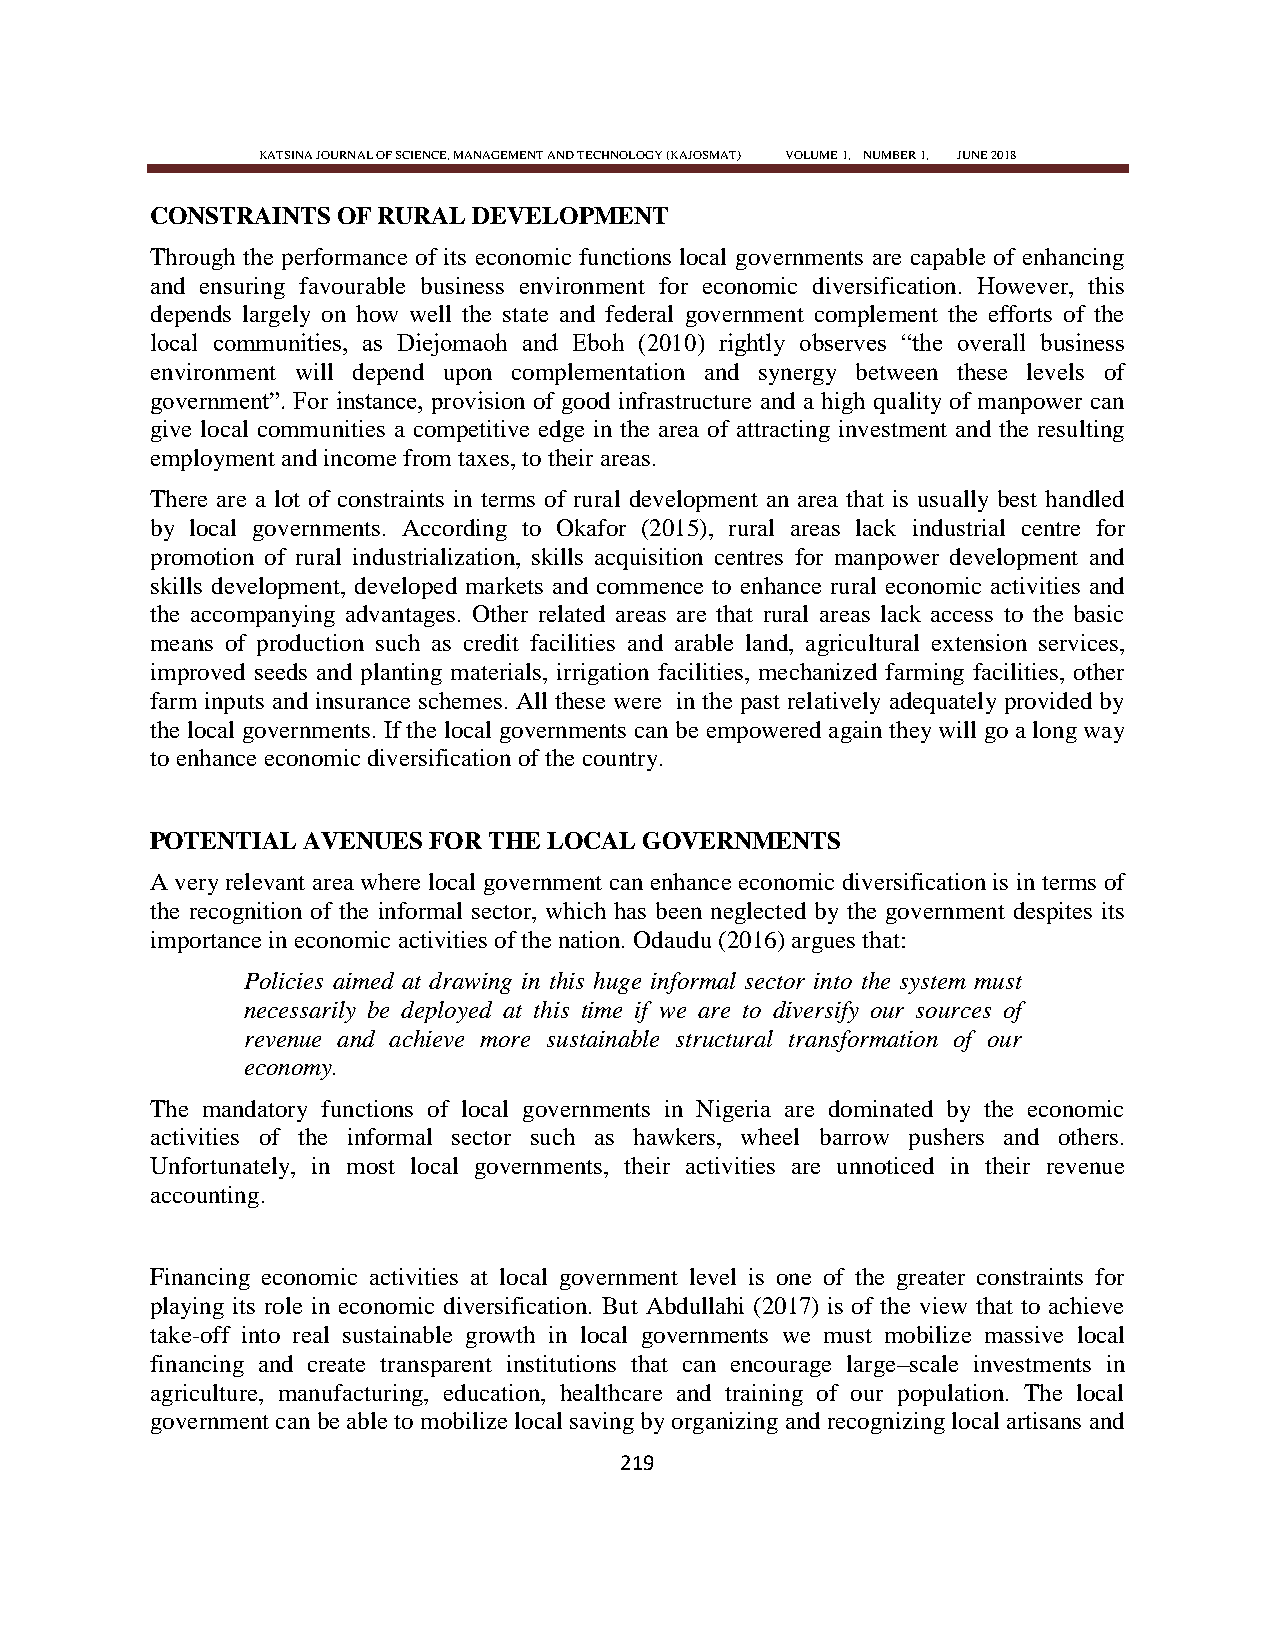
KATSINA JOURNAL OF SCIENCE, MANAGEMENT AND TECHNOLOGY (KAJOSMAT) VOLUME 1, NUMBER 1, JUNE 2018
 CONSTRAINTS OF RURAL DEVELOPMENT
 Through the performance of its economic functions local governments are capable of enhancing
 and ensuring favourable business environment for economic diversification. However, this
 depends largely on how well the state and federal government complement the efforts of the
 local communities, as Diejomaoh and Eboh (2010) rightly observes ―the overall business
 environment will depend upon complementation and synergy between these levels of
 government‖. For instance, provision of good infrastructure and a high quality of manpower can
 give local communities a competitive edge in the area of attracting investment and the resulting
 employment and income from taxes, to their areas.
 There are a lot of constraints in terms of rural development an area that is usually best handled
 by local governments. According to Okafor (2015), rural areas lack industrial centre for
 promotion of rural industrialization, skills acquisition centres for manpower development and
 skills development, developed markets and commence to enhance rural economic activities and
 the accompanying advantages. Other related areas are that rural areas lack access to the basic
 means of production such as credit facilities and arable land, agricultural extension services,
 improved seeds and planting materials, irrigation facilities, mechanized farming facilities, other
 farm inputs and insurance schemes. All these were in the past relatively adequately provided by
 the local governments. If the local governments can be empowered again they will go a long way
 to enhance economic diversification of the country.
 POTENTIAL AVENUES FOR THE LOCAL  GOVERNMENTS
 A very relevant area where local government can enhance economic diversification is in terms of
 the recognition of the informal sector, which has been neglected by the government despites its
 importance in economic activities of the nation. Odaudu (2016) argues that:
 Policies aimed at drawing in this huge informal sector into the system must
 necessarily be deployed at this time if we are to diversify our sources of
 revenue and achieve more sustainable structural transformation of our
 economy.
 The mandatory functions of local governments in Nigeria are dominated by the economic
 activities of the informal sector such as hawkers, wheel barrow pushers and others.
 Unfortunately, in most local governments, their activities are unnoticed in their revenue
 accounting.
 Financing economic activities at local government level is one of the greater constraints for
 playing its role in economic diversification. But Abdullahi (2017) is of the view that to achieve
 take-off into real sustainable growth in local governments we must mobilize massive local
 financing and create transparent institutions that can encourage large–scale investments in
 agriculture, manufacturing, education, healthcare and training of our population. The local
 government can be able to mobilize local saving by organizing and recognizing local artisans and
 219